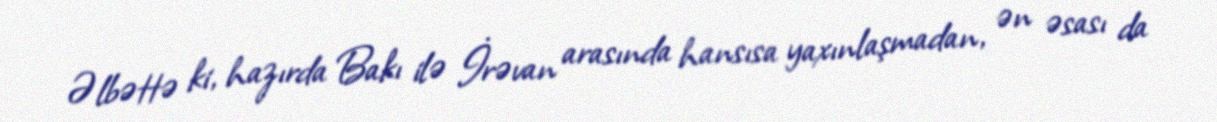
Əlbəttə ki, hazırda Bakı ilə İrəvan arasında hansısa yaxınlaşmadan, ən əsası da